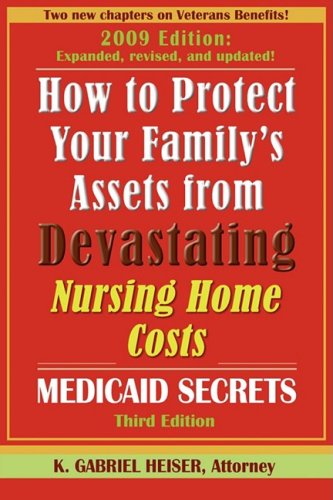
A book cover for How to Protect Your Family's Assets from Devastating Nursing Home Costs: Medicaid Secrets (3rd edition); K. Gabriel Heiser; Law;